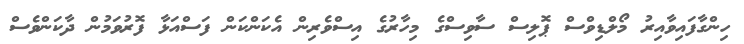
ހިންގާފައިވާއިރު މޯލްޑިވްސް ޕޮލިސް ސާވިސްގެ މިހާރުގެ އިސްވެރިން އެކަންކަން ފަސްއަޅާ ފޮރުވަމުން ދާކަންވެސް